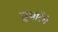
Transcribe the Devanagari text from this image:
सुधारेंगे